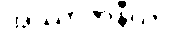
အဿာဇာနီယာ